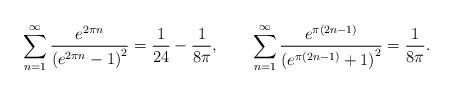
LaTeX: \begin{align*}\sum_{n=1}^{\infty}\frac{e^{2\pi n}}{\left(e^{2\pi n}-1\right)^{2}}=\frac{1}{24}-\frac{1}{8\pi},\,\,\,\,\,\,\,\,\,\,\,\,\sum_{n=1}^{\infty}\frac{e^{\pi(2n-1)}}{\left(e^{\pi(2n-1)}+1\right)^{2}}=\frac{1}{8\pi}.\end{align*}